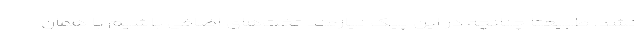
نشد. طبیعتا چنانچه در این پیک نیازمند تخت‌های اضافی باشیم با همان